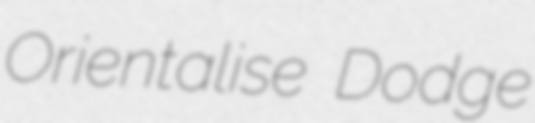
Orientalise Dodge